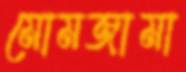
মোমজামা